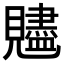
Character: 𧢙